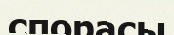
спорасы